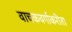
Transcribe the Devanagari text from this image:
वाचकवर्गाकरीता